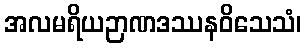
အလမရိယဉာဏဒဿနဝိသေသံ၊